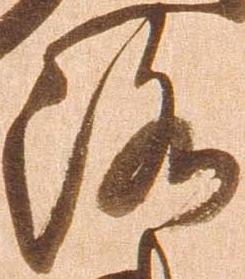
洛